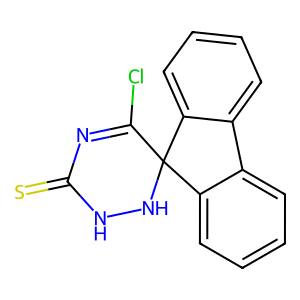
SMILES: S=C1N=C(Cl)C2(NN1)c1ccccc1-c1ccccc12
Inhibits HIV replication: No